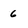
Character: 6